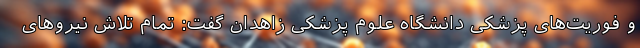
و فوریت‌های پزشکی دانشگاه علوم پزشکی زاهدان گفت: تمام تلاش نیروهای